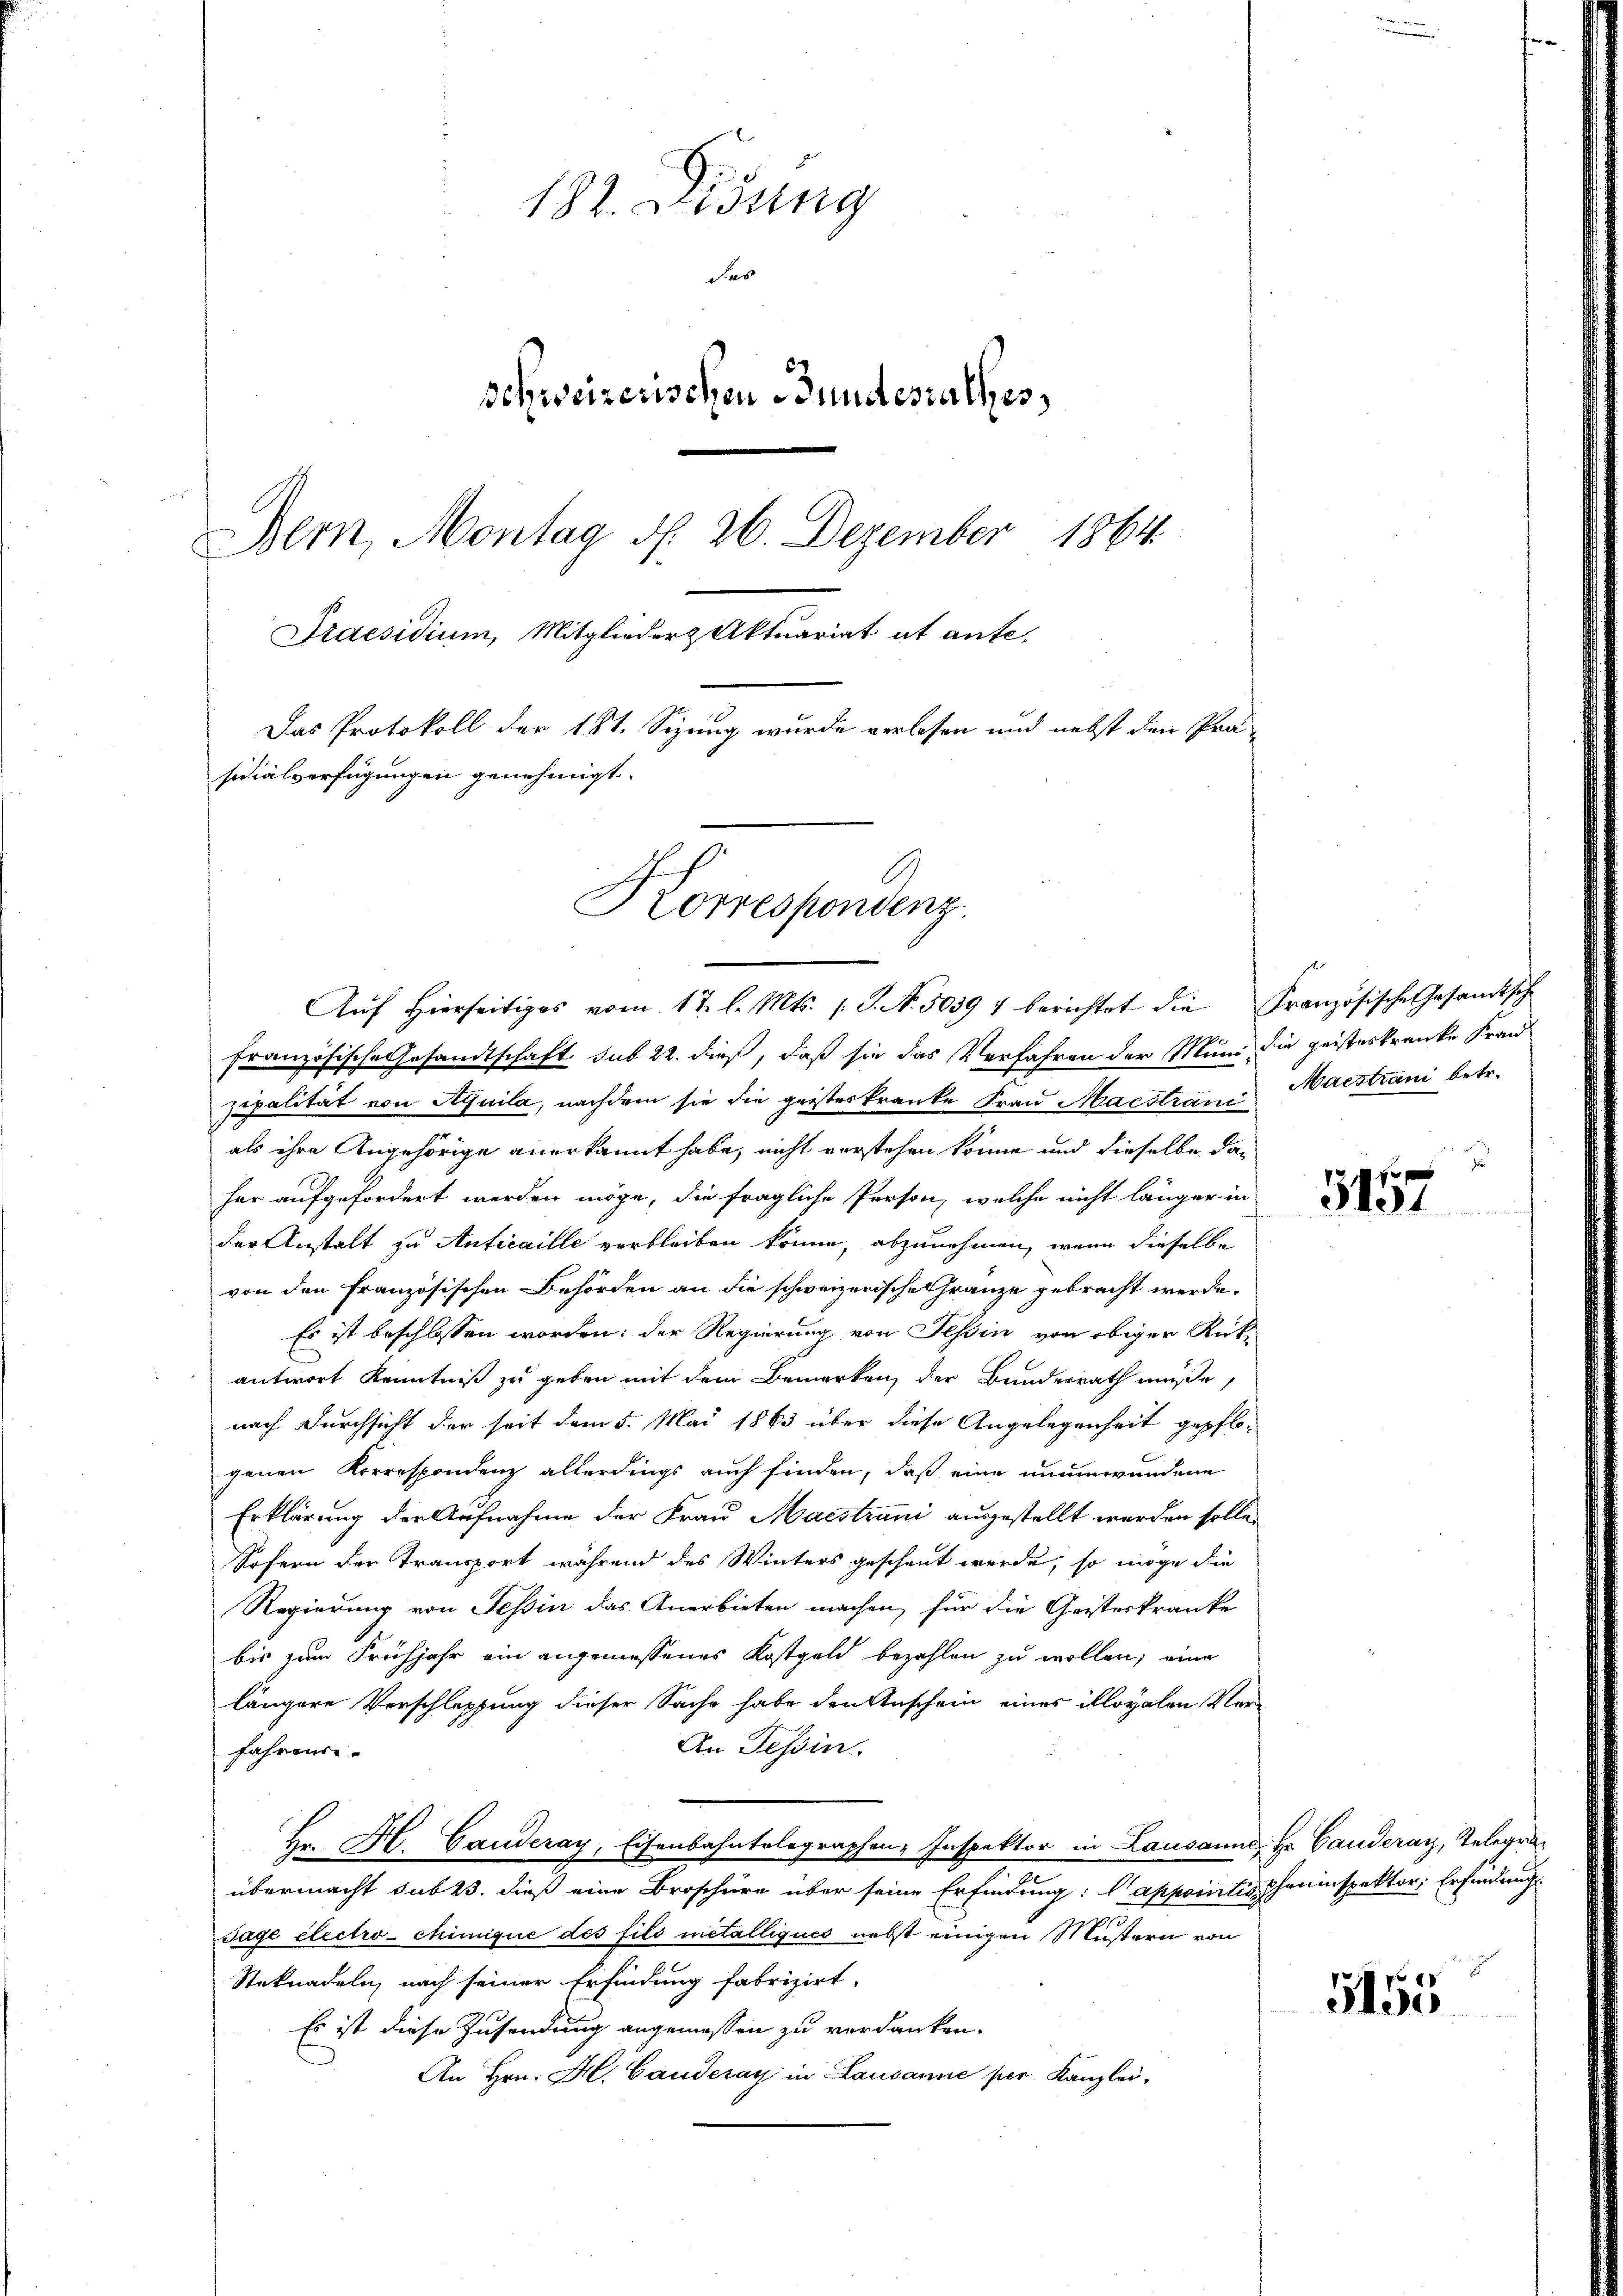
182. Didung
des
Schweizerischen Bundesrathes,
Bem, Montag N. 26. Dezember 1864.
Praesidium, Mitglieder Aktuariat ut aufe.
Das Protokoll der 181. Sizung wurde verlesen und nebst den Prä-
sidialverfügungen genehmigt.
Korrespondenz

Aŭf hierseits vom 17. l. Mts. (T. N. 5039 " berichtet die Französische Gesamtsch

französische Gesandtschaft sub 22. dieß, daß sie das Verfahren der Muni die geisteskranke Fran
zipalität von Aquila, nachdem sie die geisteskranke Frau Maestian Maistrani betr.
als ihre Angehörige anerkannt habe, nicht vorstehen könne und dieselbe daher aufgefordert werden möge, die fragliche Person, welche nicht länger in
der Anstalt zu Anticaille verbleiben könne, abzunehmen, wenn dieselbe
von den französischen Behörden an die schweizerische Gränze gebracht werde.
Es ist beschlossen worden: der Regierung von Tessin von obiger Rückantwort Kenntniß zu geben mit dem Bemerken der Bundesrath müße,
nach Durchsicht der seit dem 5. Mai 1863 über diese Angelegenheit gepflo-
genen Korrespondenz allerdings auch finden, daß eine unumwundene
Erklärung der Aufnahme der Frau Maestrani ausgestellt werden sollen
Sofern der Transport während des Winters gescheut werde, so möge die
Regierung von Tessin das Anerbieten machen, für die Geisteskranke
bis zum Frühjahr ein angemessenes Kostgeld bezahlen zu wollen; eine
längere Verschleppung dieser Sache habe den Anschein eines illoyalen Ver¬
An Tessin.
fahrende.
Br. H. Gauderay, Eisenbahntelegraphen-Inspektor in Lausanne, Hr. Canderay, Telegraübermacht sub 23. dieß eine Broschüre über seine Erfindung: (Appointes Cheninspektor Erfindung
Tage électro-Mimique des fils metalliques nebst einigen Mustern von
Steknadeln, nach seiner Erfindung fabrizirt.
Es ist diese Zusendung angemessen zu verdanken.
An Hrn. H. Canderay in Lausanne per Kanzlei-

1 f 1
3101

5155